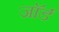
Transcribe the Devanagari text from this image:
जाॅर्ड